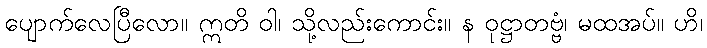
ပျောက်လေပြီလော။ ဣတိ ဝါ၊ သို့လည်းကောင်း။ န ဝုဋ္ဌာတဗ္ဗံ၊ မထအပ်။ ဟိ၊